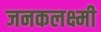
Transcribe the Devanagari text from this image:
जनकलक्ष्मी